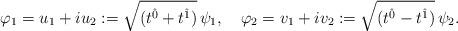
LaTeX: \begin{align*}\varphi_{1}=u_1+iu_2:=\sqrt{(t^{\hat{0}} + t^{\hat{1}})}\,\psi_{1},\quad\varphi_{2}=v_1+iv_2:=\sqrt{(t^{\hat{0}} - t^{\hat{1}})}\,\psi_{2}.\end{align*}